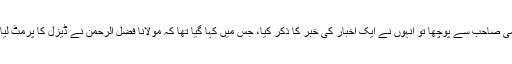
قاسمی صاحب سے پوچھا تو انہوں نے ایک اخبار کی خبر کا ذکر کیا، جس میں کہا گیا تھا کہ مولانا فضل الرحمٰن نے ڈیزل کا پرمٹ لیا تھا۔